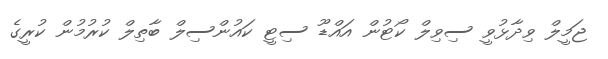
ޖަމީލް ވިދާޅުވީ ސިވިލް ކޯޓުން އައްޑޫ ސިޓީ ކައުންސިލް ބާތިލް ކުރުމުން ކުރީގެ